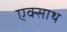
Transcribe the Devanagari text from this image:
एक्साथ